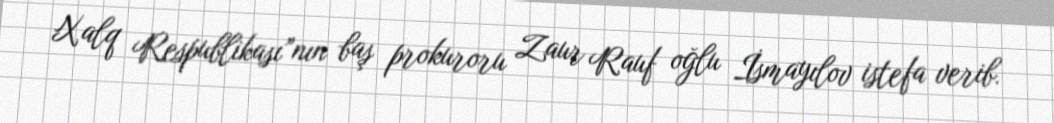
Xalq Respublikası”nın baş prokuroru Zaur Rauf oğlu İsmayılov istefa verib.